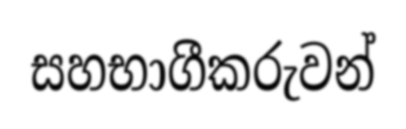
සහභාගීකරුවන්